Insane asylums Bombay 1873-77 - 1873-1877
Year: 1873
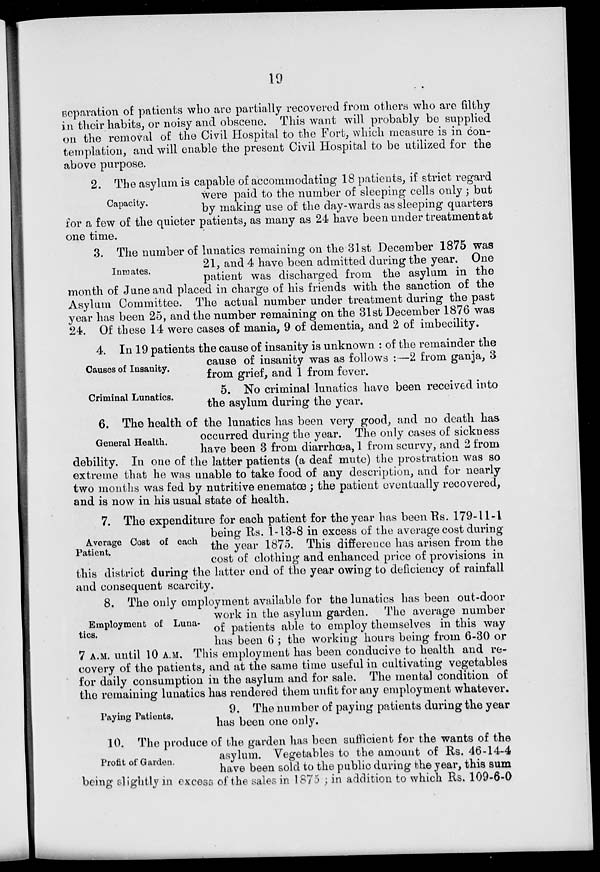
19
separation of patients who are partially recovered from others who are filthy
in their habits, or noisy and obscene. This want will probably be supplied
on the removal of the Civil Hospital to the Fort, which measure is in con-
templation, and will enable the present Civil Hospital to be utilized for the
above purpose.
Capacity.
2. The asylum is capable of accommodating 18 patients, if strict regard
were paid to the number of sleeping cells only; but
by making use of the day-wards as sleeping quarters
for a few of the quieter patients, as many as 24 have been under treatment at
one time.
Inmates.
3. The number of lunatics remaining on the 31st December 1875 was
21, and 4 have been admitted during the year. One
patient was discharged from the asylum in the
month of June and placed in charge of his friends with the sanction of the
Asylum Committee. The actual number under treatment during the past
year has been 25, and the number remaining on the 31st December 1876 was
24. Of these 14 were cases of mania, 9 of dementia, and 2 of imbecility.
Causes of Insanity.
4. In 19 patients the cause of insanity is unknown : of the remainder the
cause of insanity was as follows :—2 from ganja, 3
from grief, and 1 from fever.
Criminal Lunatics.
5. No criminal lunatics have been received into
the asylum during the year.
General Health.
6. The health of the lunatics has been very good, and no death has
occurred during the year. The only cases of sickness
have been 3 from diarrhœa, 1 from scurvy, and 2 from
debility. In one of the latter patients (a deaf mute) the prostration was so
extreme that he was unable to take food of any description, and for nearly
two months was fed by nutritive enematœ ; the patient eventually recovered,
and is now in his usual state of health.
Average Cost of each
Patient.
7. The expenditure for each patient for the year has been Rs. 179-11-1
being Rs. 1-13-8 in excess of the average cost during
the year 1875. This difference has arisen from the
cost of clothing and enhanced price of provisions in
this district during the latter end of the year owing to deficiency of rainfall
and consequent scarcity.
Employment of Luna-
tics.
8. The only employment available for the lunatics has been out-door
work in the asylum garden. The average number
of patients able to employ themselves in this way
has been 6 ; the working hours being from 6-30 or
7 A.M. until 10 A.M. This employment has been conducive to health and re-
covery of the patients, and at the same time useful in cultivating vegetables
for daily consumption in the asylum and for sale. The mental condition of
the remaining lunatics has rendered them unfit for any employment whatever.
Paying Patients.
9. The number of paying patients during the year
has been one only.
Profit of Garden.
10. The produce of the garden has been sufficient for the wants of the
asylum. Vegetables to the amount of Rs. 46-14-4
have been sold to the public during the year, this sum
being slightly in excess of the sales in 1875 ; in addition to which Rs. 109-6-0